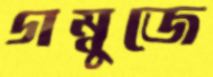
গম্বুজে